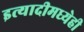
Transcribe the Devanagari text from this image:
इत्यादीमध्येही